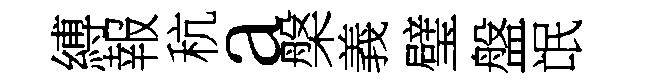
縛報秔a槃義璧盤氓